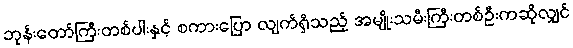
ဘုန်းတော်ကြီးတစ်ပါးနှင့် စကားပြော လျက်ရှိသည့် အမျိုးသမီးကြီးတစ်ဦးကဆိုလျှင်